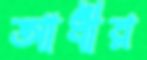
আধীর